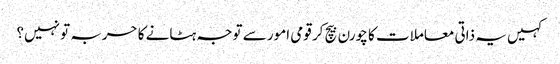
کہیں یہ ذاتی معاملات کا چورن بیچ کر قومی امور سے توجہ ہٹانے کا حربہ تو نہیں؟